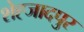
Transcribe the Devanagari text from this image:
शेह्जादपुर